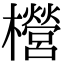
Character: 櫿